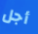
أجل